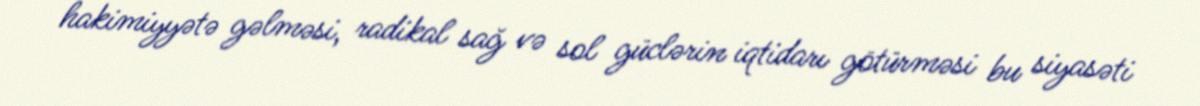
hakimiyyətə gəlməsi, radikal sağ və sol güclərin iqtidarı götürməsi bu siyasəti